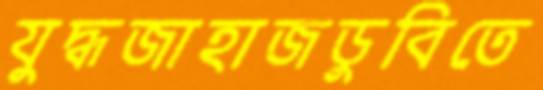
যুদ্ধজাহাজডুবিতে